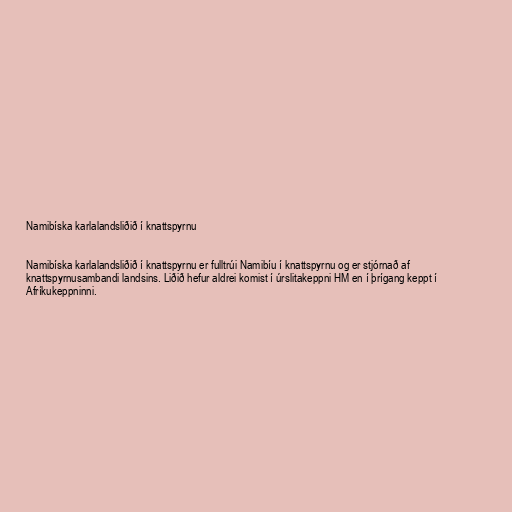
Namibíska karlalandsliðið í knattspyrnu

Namibíska karlalandsliðið í knattspyrnu er fulltrúi Namibíu í knattspyrnu og er stjórnað af
knattspyrnusambandi landsins. Liðið hefur aldrei komist í úrslitakeppni HM en í þrígang keppt í
Afríkukeppninni.